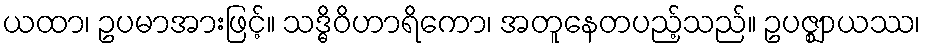
ယထာ၊ ဥပမာအားဖြင့်။ သဒ္ဓိဝိဟာရိကော၊ အတူနေတပည့်သည်။ ဥပဇ္ဈာယဿ၊